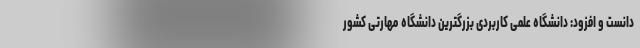
دانست و افزود: دانشگاه‌ علمی کاربردی بزرگترین دانشگاه مهارتی کشور